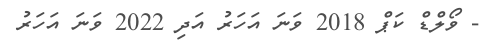
- ވޯލްޑް ކަޕް 2018 ވަނަ އަހަރު އަދި 2022 ވަނަ އަހަރު